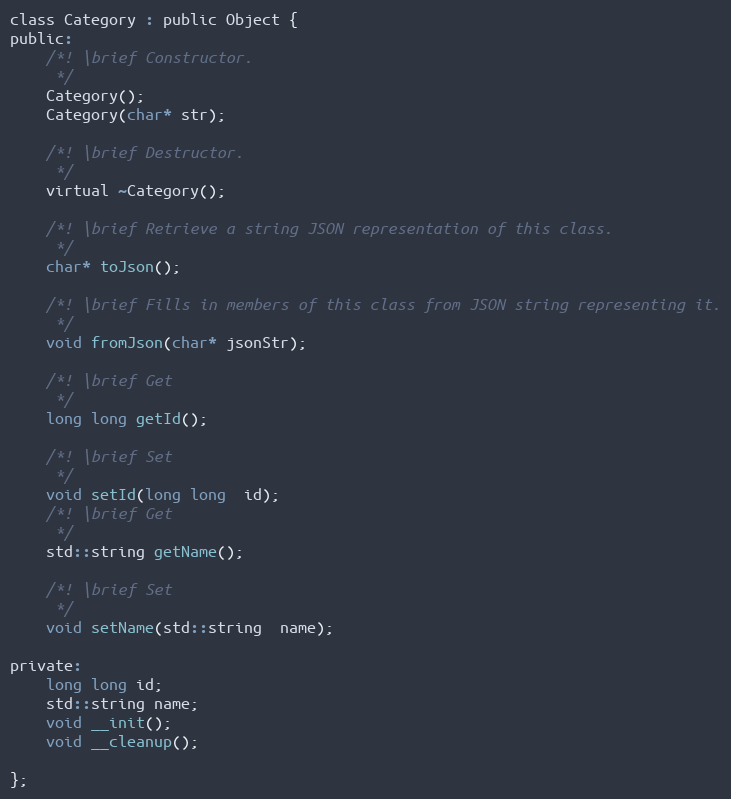
Language: C
class Category : public Object {
public:
	/*! \brief Constructor.
	 */
	Category();
	Category(char* str);

	/*! \brief Destructor.
	 */
	virtual ~Category();

	/*! \brief Retrieve a string JSON representation of this class.
	 */
	char* toJson();

	/*! \brief Fills in members of this class from JSON string representing it.
	 */
	void fromJson(char* jsonStr);

	/*! \brief Get
	 */
	long long getId();

	/*! \brief Set
	 */
	void setId(long long  id);
	/*! \brief Get
	 */
	std::string getName();

	/*! \brief Set
	 */
	void setName(std::string  name);

private:
	long long id;
	std::string name;
	void __init();
	void __cleanup();

};